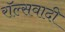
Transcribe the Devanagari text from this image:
रॉल्सवादी